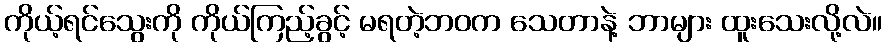
ကိုယ့်ရင်သွေးကို ကိုယ်ကြည့်ခွင့် မရတဲ့ဘဝက သေတာနဲ့ ဘာများ ထူးသေးလို့လဲ။